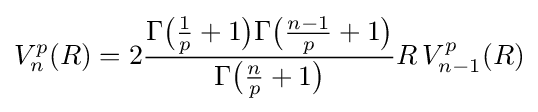
V_{n}^{p}(R)=2{\frac {\Gamma {\bigl (}{\tfrac {1}{p}}+1{\bigr )}\Gamma {\bigl (}{\tfrac {n-1}{p}}+1{\bigr )}}{\Gamma {\bigl (}{\tfrac {n}{p}}+1{\bigr )}}}R\,V_{n-1}^{p}(R)